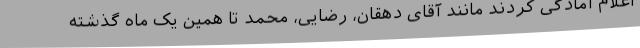
اعلام آمادگی کردند مانند آقای دهقان، رضایی، محمد تا همین یک ماه گذشته